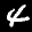
Label: 4